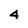
Character: 4